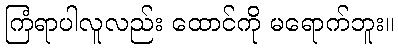
ကြံရာပါလူလည်း ထောင်ကို မရောက်ဘူး။